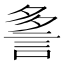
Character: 𲁨